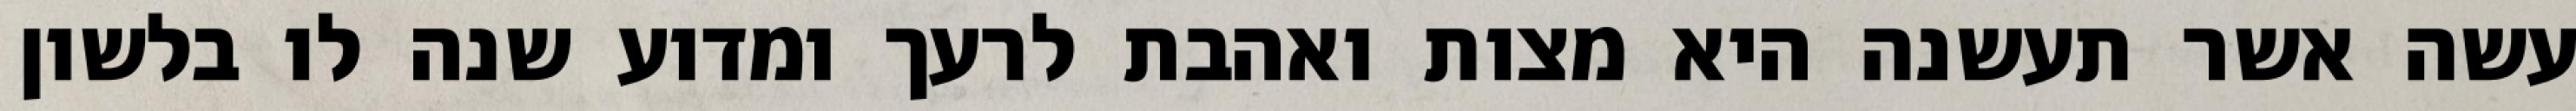
עשה אשר תעשנה היא מצות ואהבת לרעך ומדוע שנה לו בלשון